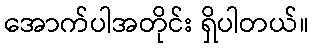
အောက်ပါအတိုင်း ရှိပါတယ်။